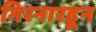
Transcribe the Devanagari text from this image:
गिरनारहून